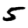
Digit: 5